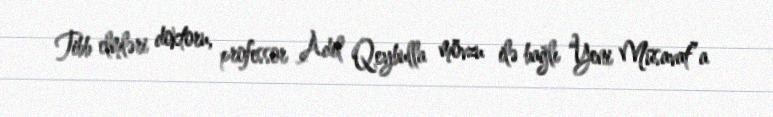
Tibb elmləri doktoru, professor Adil Qeybulla mövzu ilə bağlı “Yeni Müsavat”a